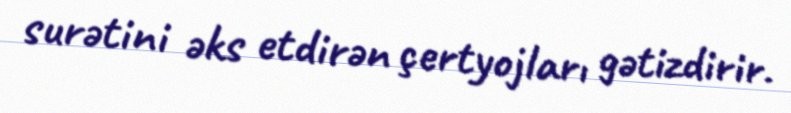
surətini əks etdirən çertyojları gətizdirir.